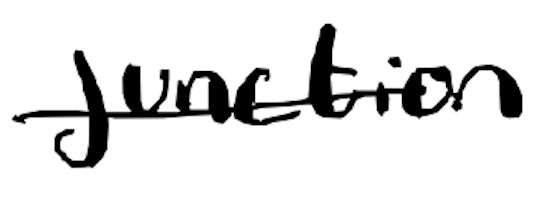
Text: Junction
Cross-out: single-line
Writing tool: digital_black